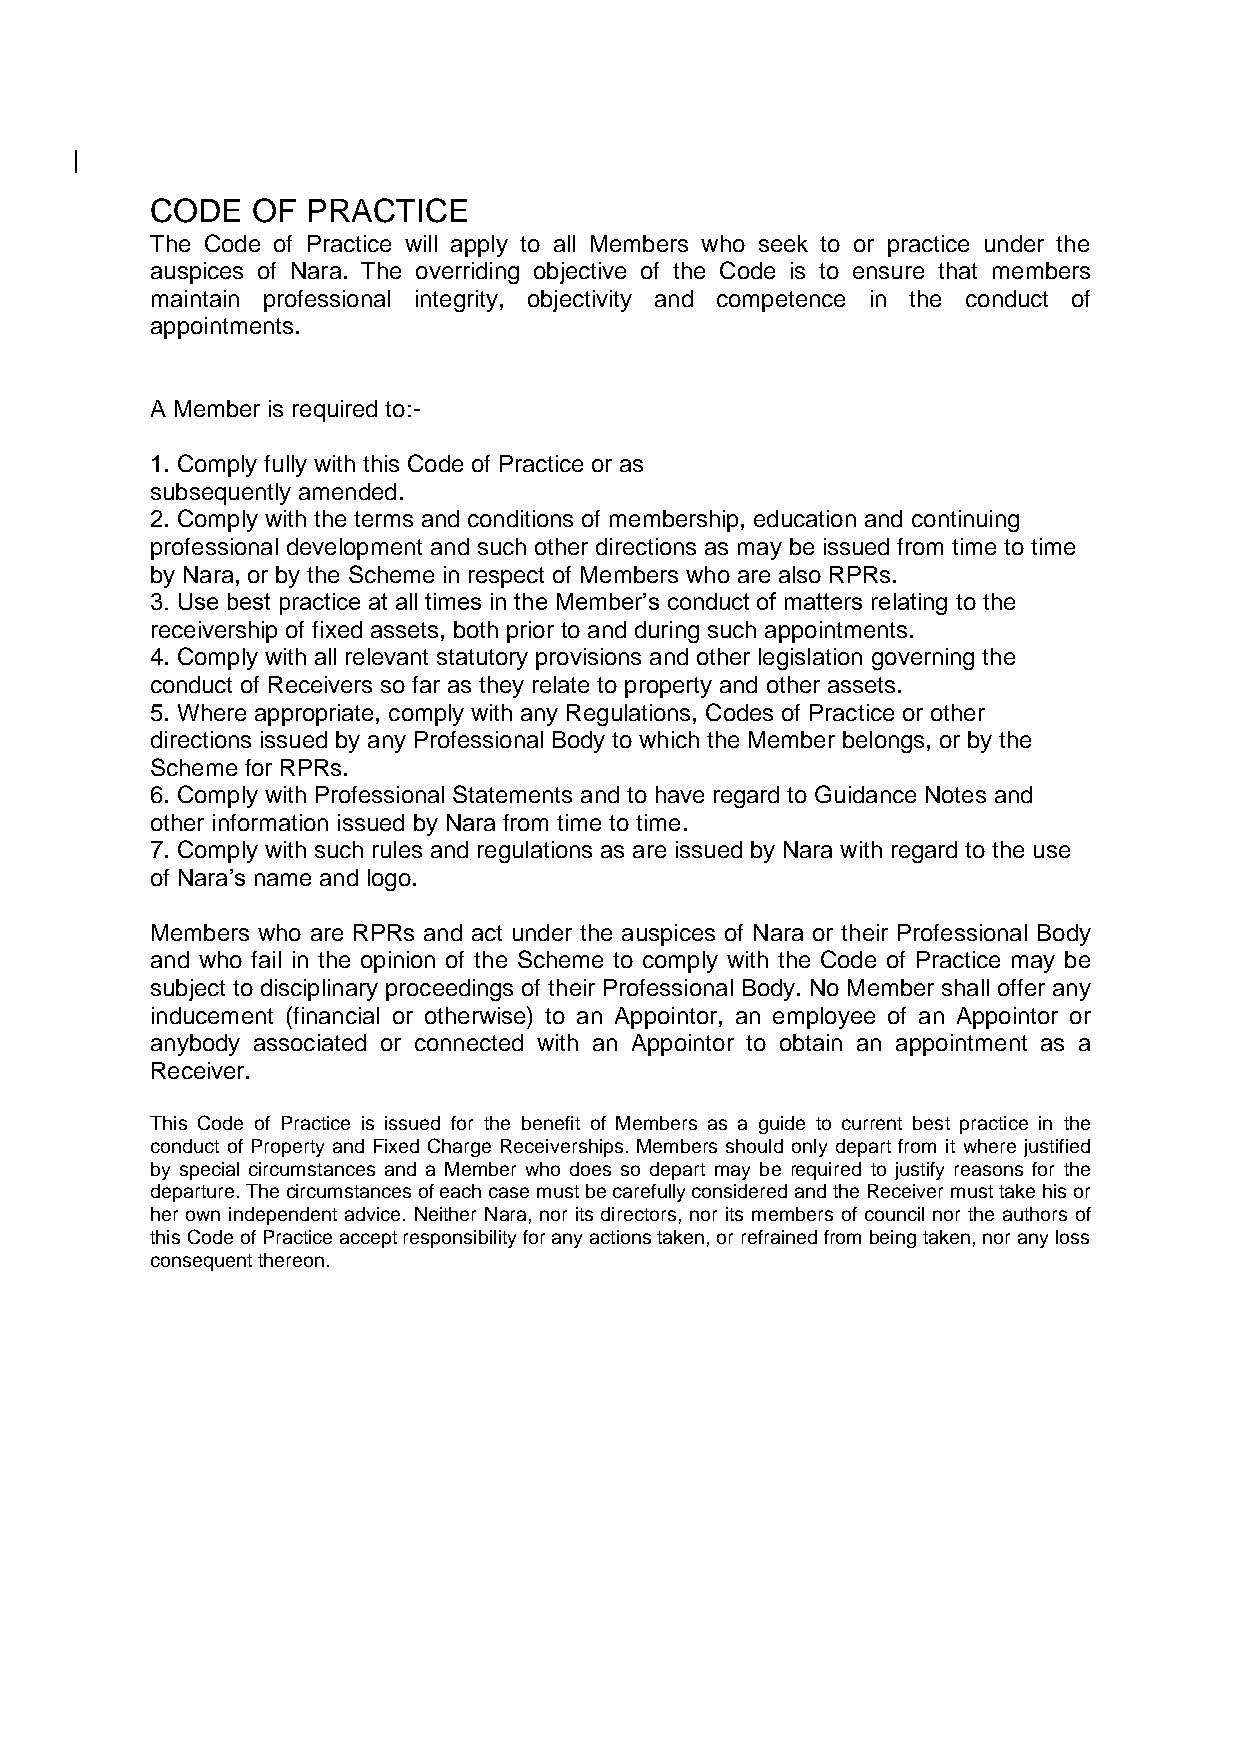
CODE   OF PRACTICE
 The Code of Practice will apply to all Members who seek to or practice under the
 auspices of Nara. The overriding objective of the Code is to ensure that members
 maintain professional integrity, objectivity and competence in the conduct of
 appointments.
 A Member is required to:-
 1. Comply fully with this Code of Practice or as
 subsequently amended.
 2. Comply with the terms and conditions of membership, education and continuing
 professional development and such other directions as may be issued from time to time
 by Nara, or by the Scheme in respect of Members who are also RPRs.
 3. Use best practice at all times in the Member’s conduct of matters relating to the
 receivership of fixed assets, both prior to and during such appointments.
 4. Comply with all relevant statutory provisions and other legislation governing the
 conduct of Receivers so far as they relate to property and other assets.
 5. Where appropriate, comply with any Regulations, Codes of Practice or other
 directions issued by any Professional Body to which the Member belongs, or by the
 Scheme for RPRs.
 6. Comply with Professional Statements and to have regard to Guidance Notes and
 other information issued by Nara from time to time.
 7. Comply with such rules and regulations as are issued by Nara with regard to the use
 of Nara’s name and logo.
 Members who are RPRs and act under the auspices of Nara or their Professional Body
 and who fail in the opinion of the Scheme to comply with the Code of Practice may be
 subject to disciplinary proceedings of their Professional Body. No Member shall offer any
 inducement (financial or otherwise) to an Appointor, an employee of an Appointor or
 anybody associated or connected with an Appointor to obtain an appointment as a
 Receiver.
 This Code of Practice is issued for the benefit of Members as a guide to current best practice in the
 conduct of Property and Fixed Charge Receiverships. Members should only depart from it where justified
 by special circumstances and a Member who does so depart may be required to justify reasons for the
 departure. The circumstances of each case must be carefully considered and the Receiver must take his or
 her own independent advice. Neither Nara, nor its directors, nor its members of council nor the authors of
 this Code of Practice accept responsibility for any actions taken, or refrained from being taken, nor any loss
 consequent thereon.